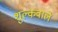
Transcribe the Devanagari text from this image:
शुल्कवाले